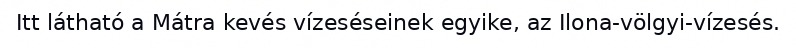
Itt látható a Mátra kevés vízeséseinek egyike, az Ilona-völgyi-vízesés.